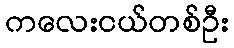
ကလေးငယ်တစ်ဦး